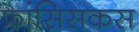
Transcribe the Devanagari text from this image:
फ्रांसिसकस